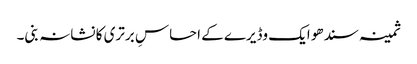
ثمینہ سندھو ایک وڈیرے کے احساسِ برتری کا نشانہ بنی۔